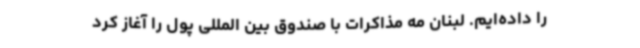
را داده‌ایم. لبنان مه مذاکرات با صندوق بین المللی پول را آغاز کرد